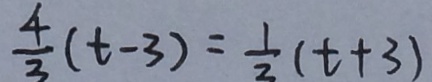
\frac { 4 } { 3 } ( t - 3 ) = \frac { 1 } { 2 } ( t + 3 )